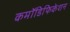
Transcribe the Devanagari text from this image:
कमॉडिफिकेशन